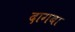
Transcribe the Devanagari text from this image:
दागबा